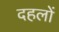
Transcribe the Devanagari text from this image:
दहलों